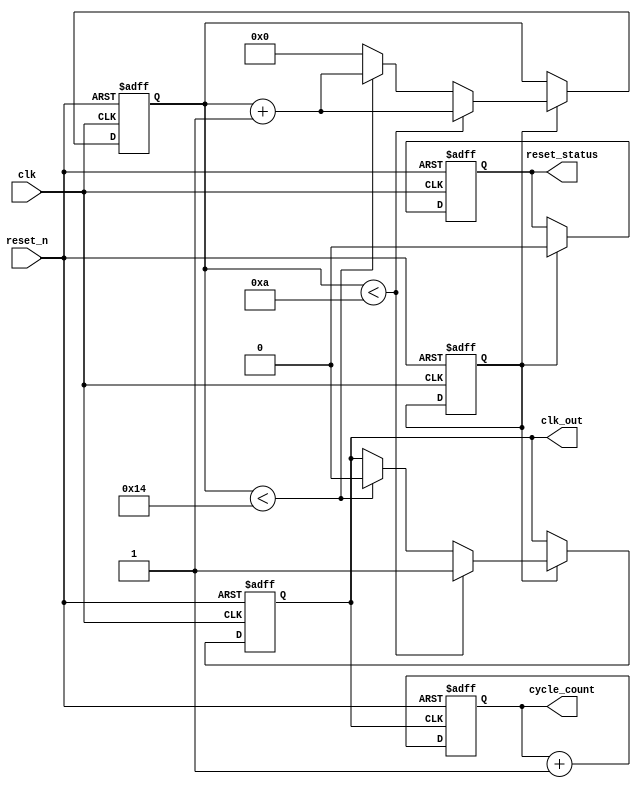
module ClockCycleInitialization #(
    parameter CLOCK_FREQ_MHZ = 50,       // Clock frequency in MHz
    parameter CLOCK_DUTY_CYCLE = 50,     // Clock duty cycle in percentage
    parameter INITIAL_VALUE = 0            // Initial value for registers
)(
    input wire clk,                      // External clock signal
    input wire reset_n,                  // Active low reset signal
    output reg clk_out,                  // Generated clock signal
    output reg [31:0] cycle_count,       // Current clock cycle count
    output reg reset_status              // Reset status signal
);

    // Internal parameters for clock generation
    localparam CLOCK_PERIOD_NS = 1000 / CLOCK_FREQ_MHZ; // Clock period in ns
    localparam HIGH_TIME_NS = (CLOCK_DUTY_CYCLE * CLOCK_PERIOD_NS) / 100; // High time in ns
    localparam LOW_TIME_NS = CLOCK_PERIOD_NS - HIGH_TIME_NS; // Low time in ns

    reg [31:0] clk_counter;               // Counter for clock cycles
    reg clk_enable;                       // Enable signal for clock generation

    // Generate the clock signal
    always @(posedge clk or negedge reset_n) begin
        if (!reset_n) begin
            clk_counter <= 0;
            clk_out <= 0;
            clk_enable <= 1;
            reset_status <= 1;  // In reset state
        end else begin
            // Manage clock enable
            if (clk_enable) begin
                clk_counter <= clk_counter + 1;

                // Generate the clock signal based on the duty cycle
                if (clk_counter < HIGH_TIME_NS) begin
                    clk_out <= 1;
                end else if (clk_counter < CLOCK_PERIOD_NS) begin
                    clk_out <= 0;
                end else begin
                    clk_counter <= 0; // Reset counter after one period
                end

                // Toggle reset status
                reset_status <= 0; // Out of reset state
            end
        end
    end

    // Clock cycle counting
    always @(posedge clk_out or negedge reset_n) begin
        if (!reset_n) begin
            cycle_count <= 0;  // Reset cycle count
        end else begin
            cycle_count <= cycle_count + 1; // Increment cycle count each clock cycle
        end
    end
    
    // Initialization sequence: can set registers or components as needed
    initial begin
        // Initialize registers and states
        cycle_count = INITIAL_VALUE;
        clk_out = 0;
        reset_status = 0;
        clk_counter = 0;
        clk_enable = 1;
    end

endmodule